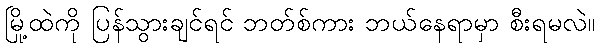
မြို့ထဲကို ပြန်သွားချင်ရင် ဘတ်စ်ကား ဘယ်နေရာမှာ စီးရမလဲ။